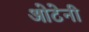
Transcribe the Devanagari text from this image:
ओटेनी